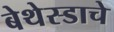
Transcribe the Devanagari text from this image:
बेथेस्डाचे